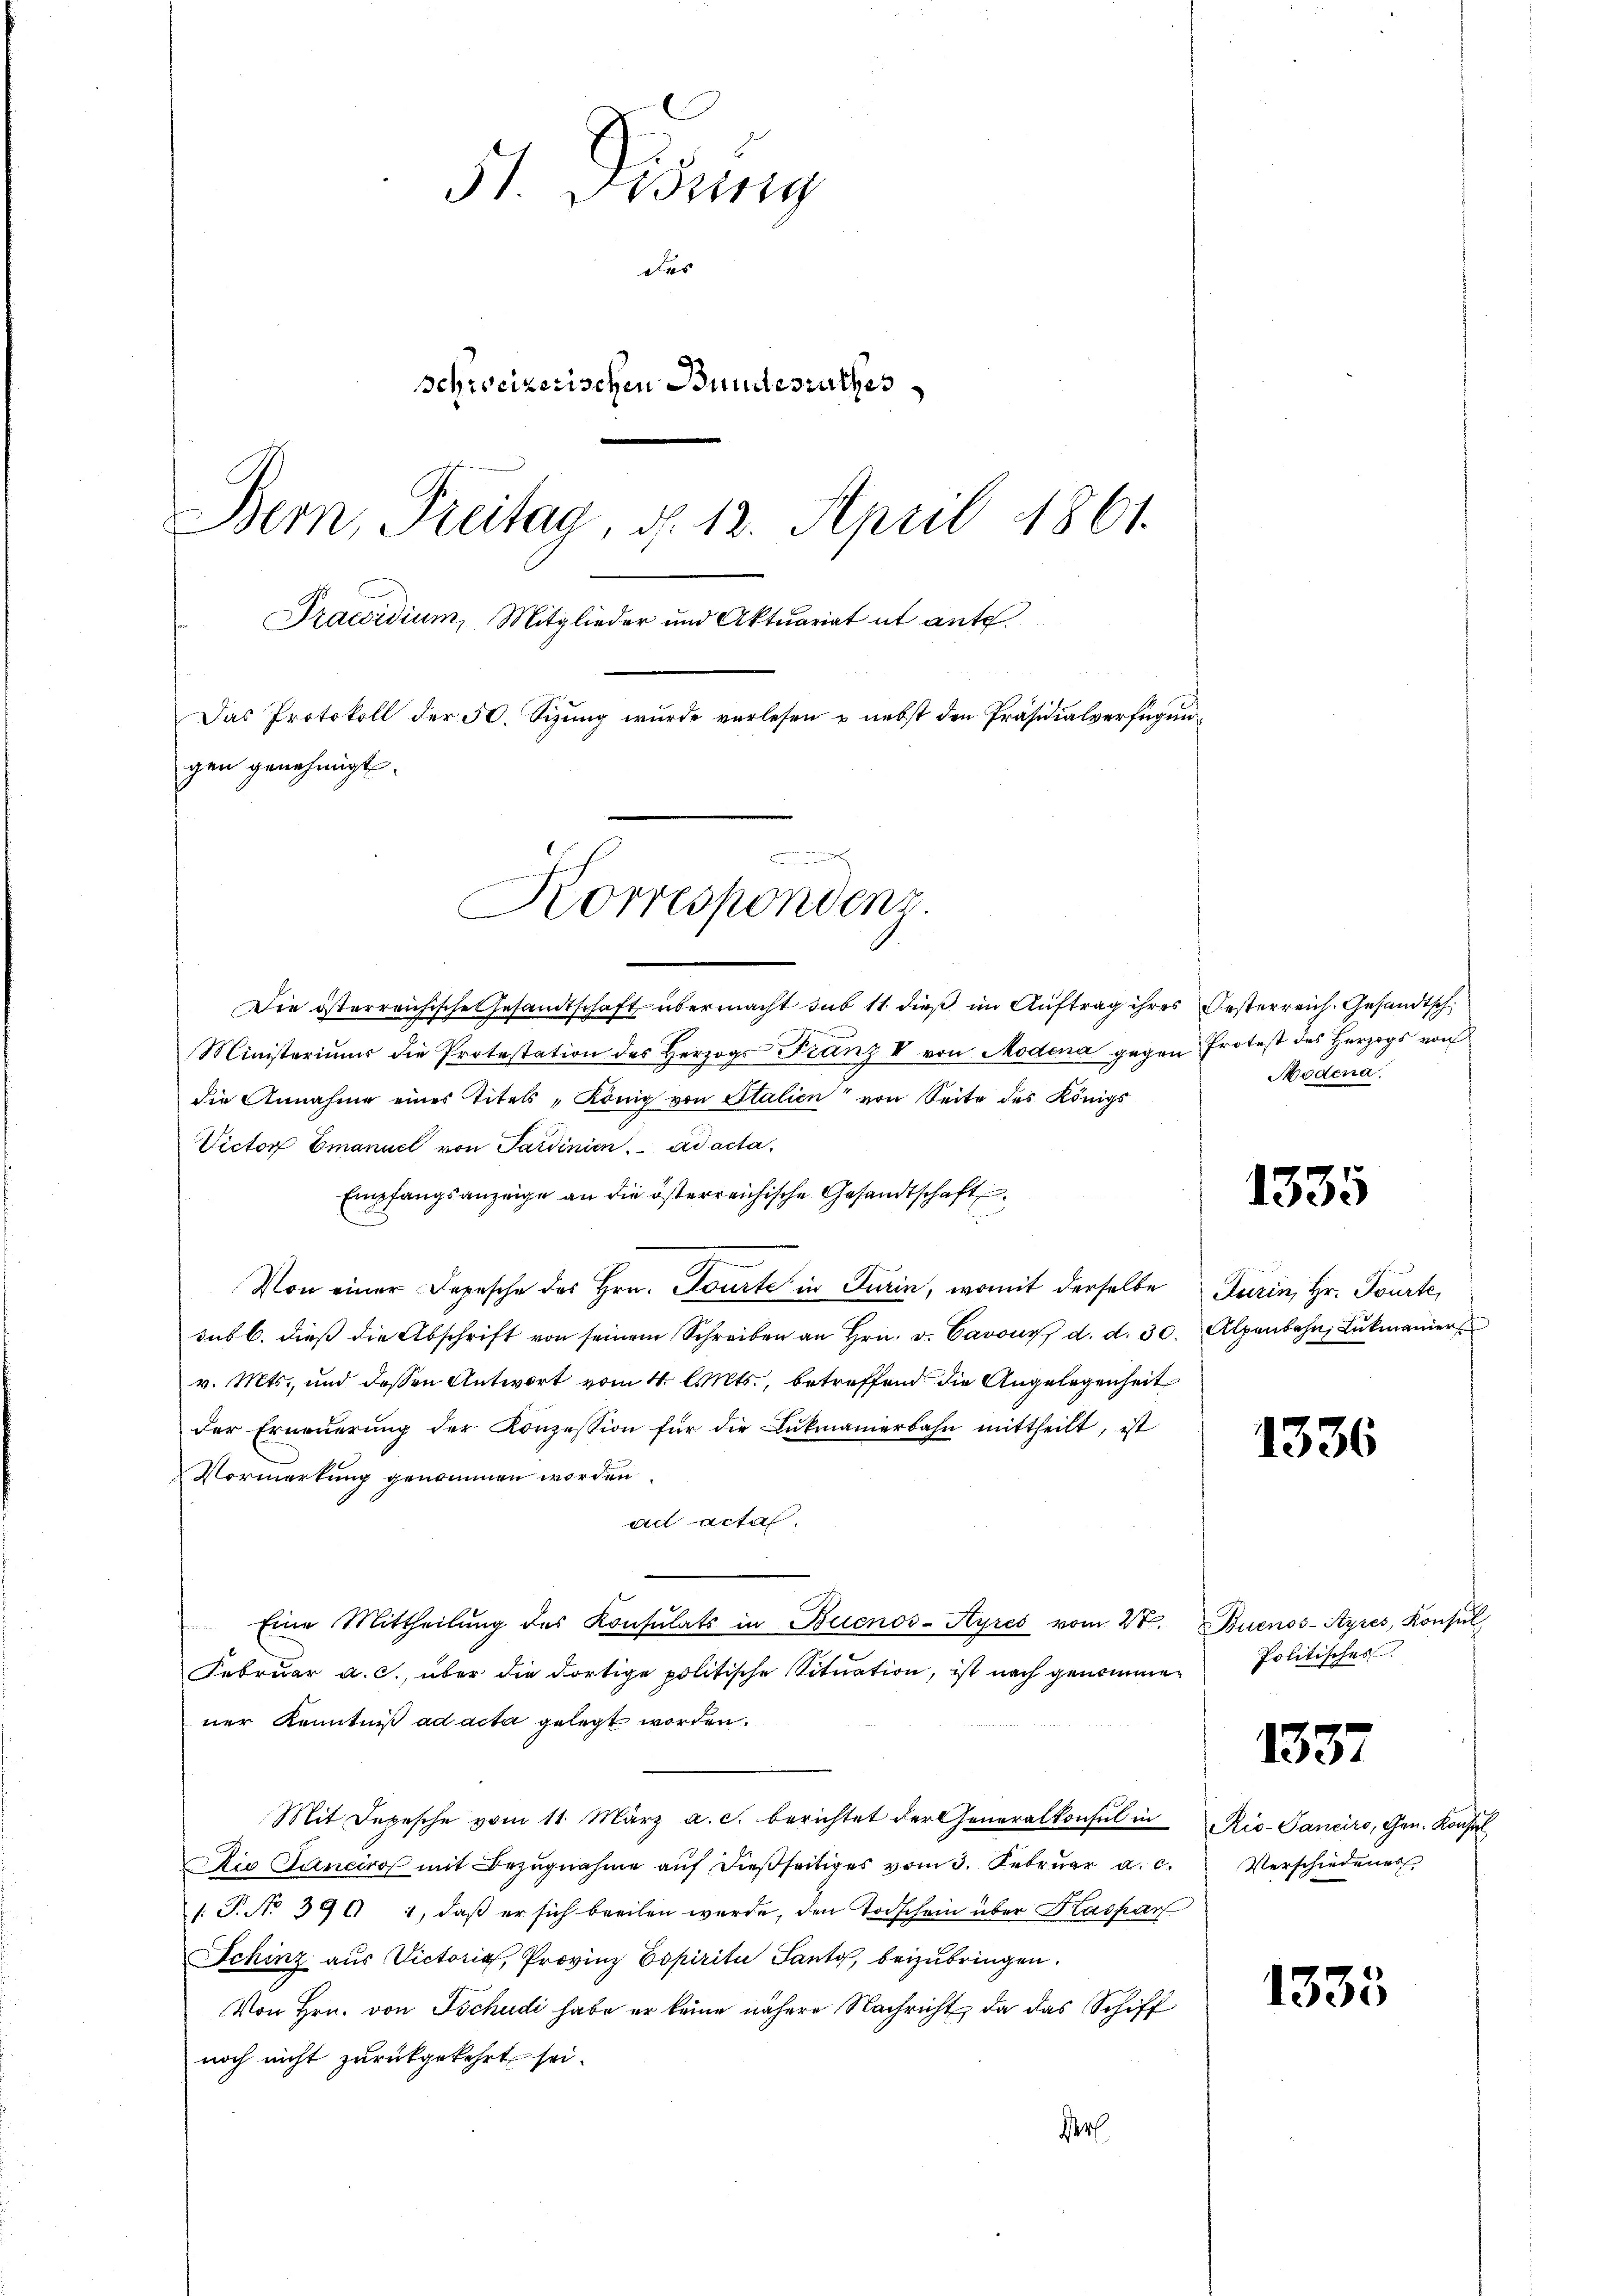
51 Disung
des
schweizerischen Bundesrathes
Bern, Freitag, d. 12. April 1861.
Praesidium, Mitglieder und Aktuariat et ante.
Das Protokoll der 50. Sizung wurde verlesen u. nebst den Präsidialverfügungen genehmigt.

Korrespondenz.

Die österreichische Gesandtschaft übermacht sub 11 dieß im Auftrag ihres Oesterreich. Gesandtsch
Ministeriums die Protestation des Herzogs Franz II von Modena gegen Protest des Herzogs von
die Annahme eines Titels „König von Italien von Seite des Königs
Victor Emanuel von Sardinien. ad acta,
e
Empfangsanzeige an die österreichische Gesandtschaft
Von einer Depesche des Hrn. Tourte in Turin, womit derselbe Turin, Hr. Tourte,
sub b. dieβ die Abschrift von seinem Schreiben an Hrn. v. Cavouy d. d. 30. Alpenbahn, Lukmanier
v. Mts., und dessen Antwort vom 4. Mts., betreffend die Angelegenheit
der Erneŭerŭng der Konzession für die Lukmanierbahn mittheilt, ist
Vormerkung genommen worden
ad actas.
Eine Mittheilŭng des Konsŭlats in Buenos-Ayres vom 27. Buenos-Ayres, Konsŭl
Februar a. c. über die dortige politische Situation, ist nach genommen
ner Kenntniß ad acta gelegt worden.
Mit Depesche vom 11. März a. c. berichtet der Generalkonsul in Rio-Ganciro, Gen. Konsul
Die Sanciro mit Bezugnahme auf dießseitiges vom 3. Februar a. c.
/. P. No 399 1, daß er sich breiten werde, den Todschein über Kaspar
Schinz aus Victoria, Provinz Copirita Sant, beizubringen.
Von Hrn. von Tschudi habe er keine nähere Nachricht, da das Schiff
noch nicht zurükgekehrt sei.
Verl

Modena.

1335

1336

Politisches

1337

Verschiedenes

1335